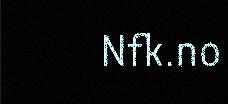
Nfk.no